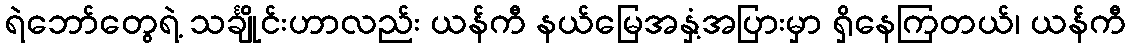
ရဲဘော်တွေရဲ့ သင်္ချိုင်းဟာလည်း ယန်ကီ နယ်မြေအနှံ့အပြားမှာ ရှိနေကြတယ်၊ ယန်ကီ